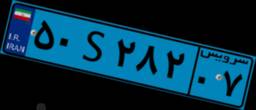
۵۰S۲۸۲۰۷